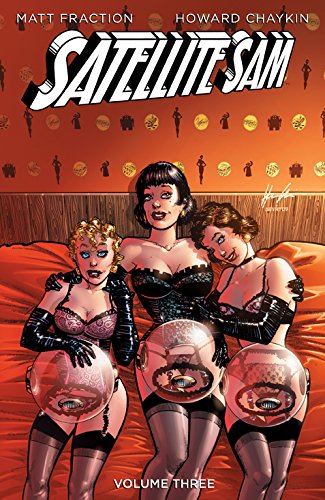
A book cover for Satellite Sam Volume 3 (Satellite Sam Tp); Matt Fraction; Comics & Graphic Novels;